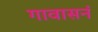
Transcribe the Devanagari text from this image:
गावासनं